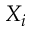
X _ { i }